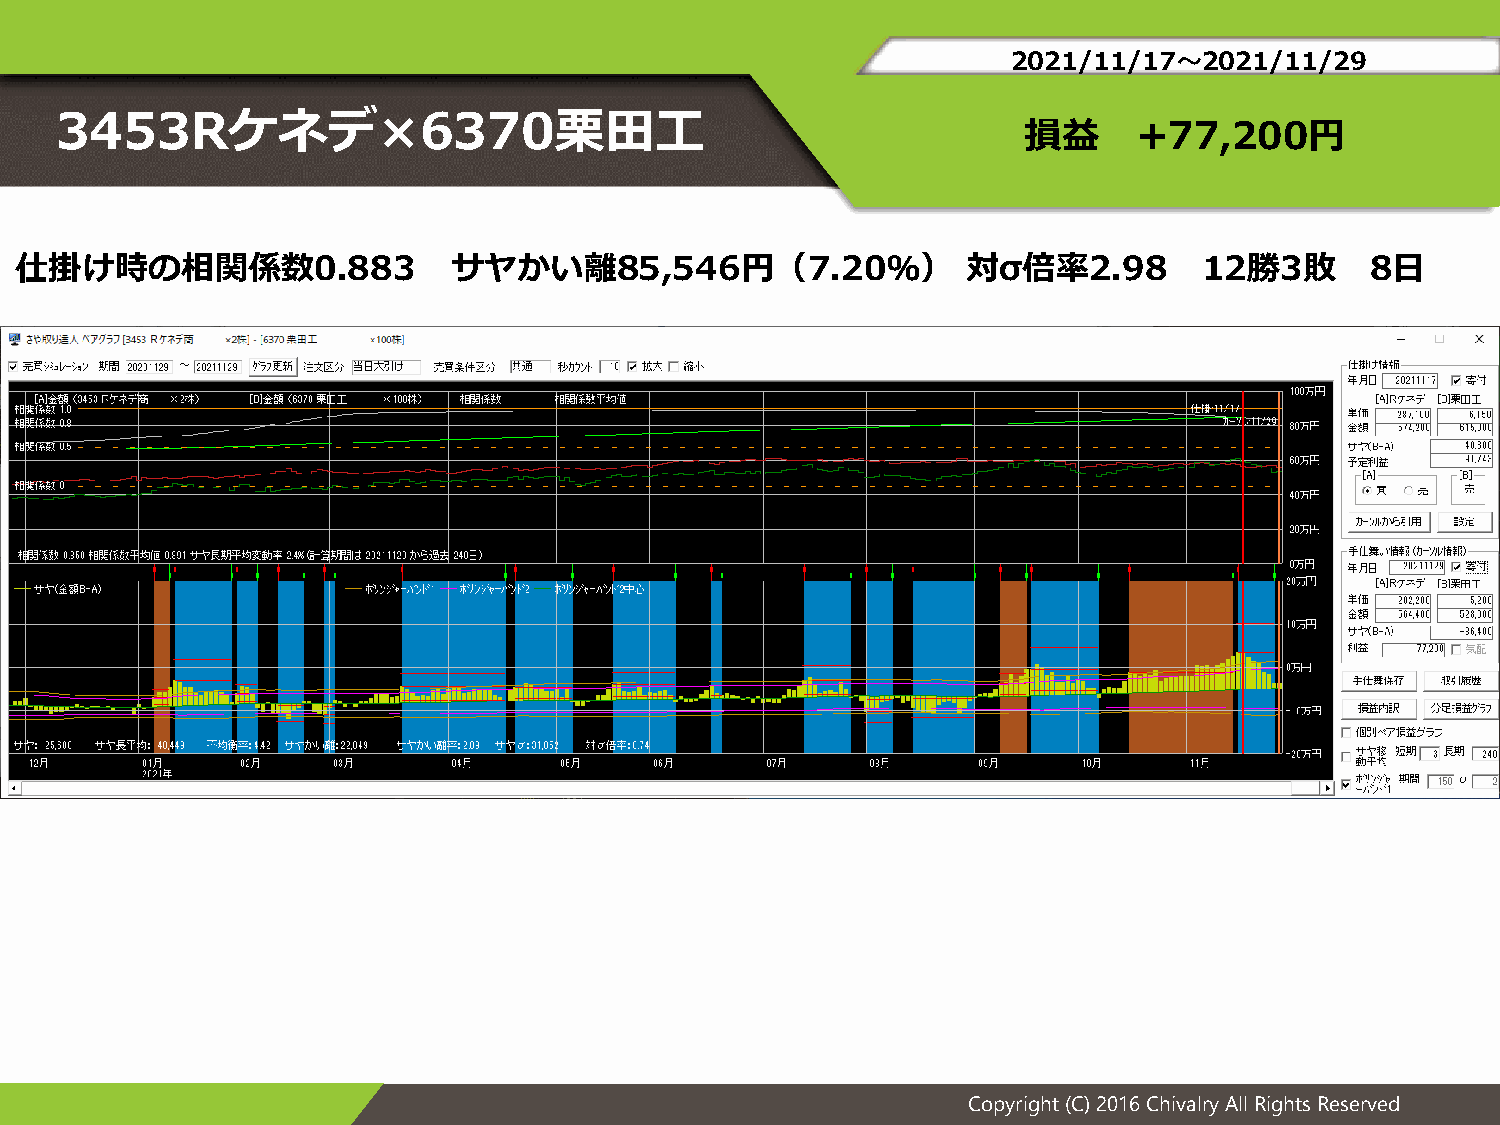
2021/11/17～2021/11/29
 3453Rケネデ×6370栗田工
 損益     +77,200円
 仕掛け時の相関係数0.883               サヤかい離85,546円（7.20％）               対σ倍率2.98        12勝3敗      8日
 Copyright (C) 2016 Chivalry All Rights Reserved